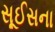
સૂઈસના